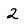
Character: 2